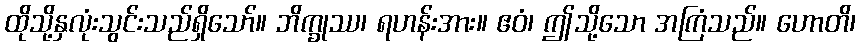
ထိုသို့နှလုံးသွင်းသည်ရှိသော်။ ဘိက္ခုဿ၊ ရဟန်းအား။ ဧဝံ၊ ဤသို့သော အကြံသည်။ ဟောတိ၊